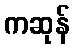
ကဆုန်